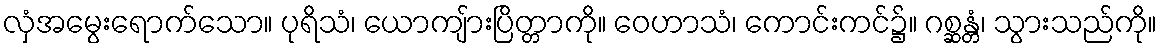
လှံအမွေးရောက်သော။ ပုရိသံ၊ ယောကျ်ားပြိတ္တာကို။ ဝေဟာသံ၊ ကောင်းကင်၌။ ဂစ္ဆန္တံ၊ သွားသည်ကို။